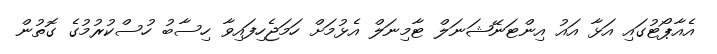
އެއާޕޯޓުގައި އަޅާ އައު އިންޓަނޭޝަނަލް ޓާމިނަލް އެޅުމަށް ހަމަޖެހިފައިވާ ހިސާބު ހުސްކުރުމުގެ ގޮތުން